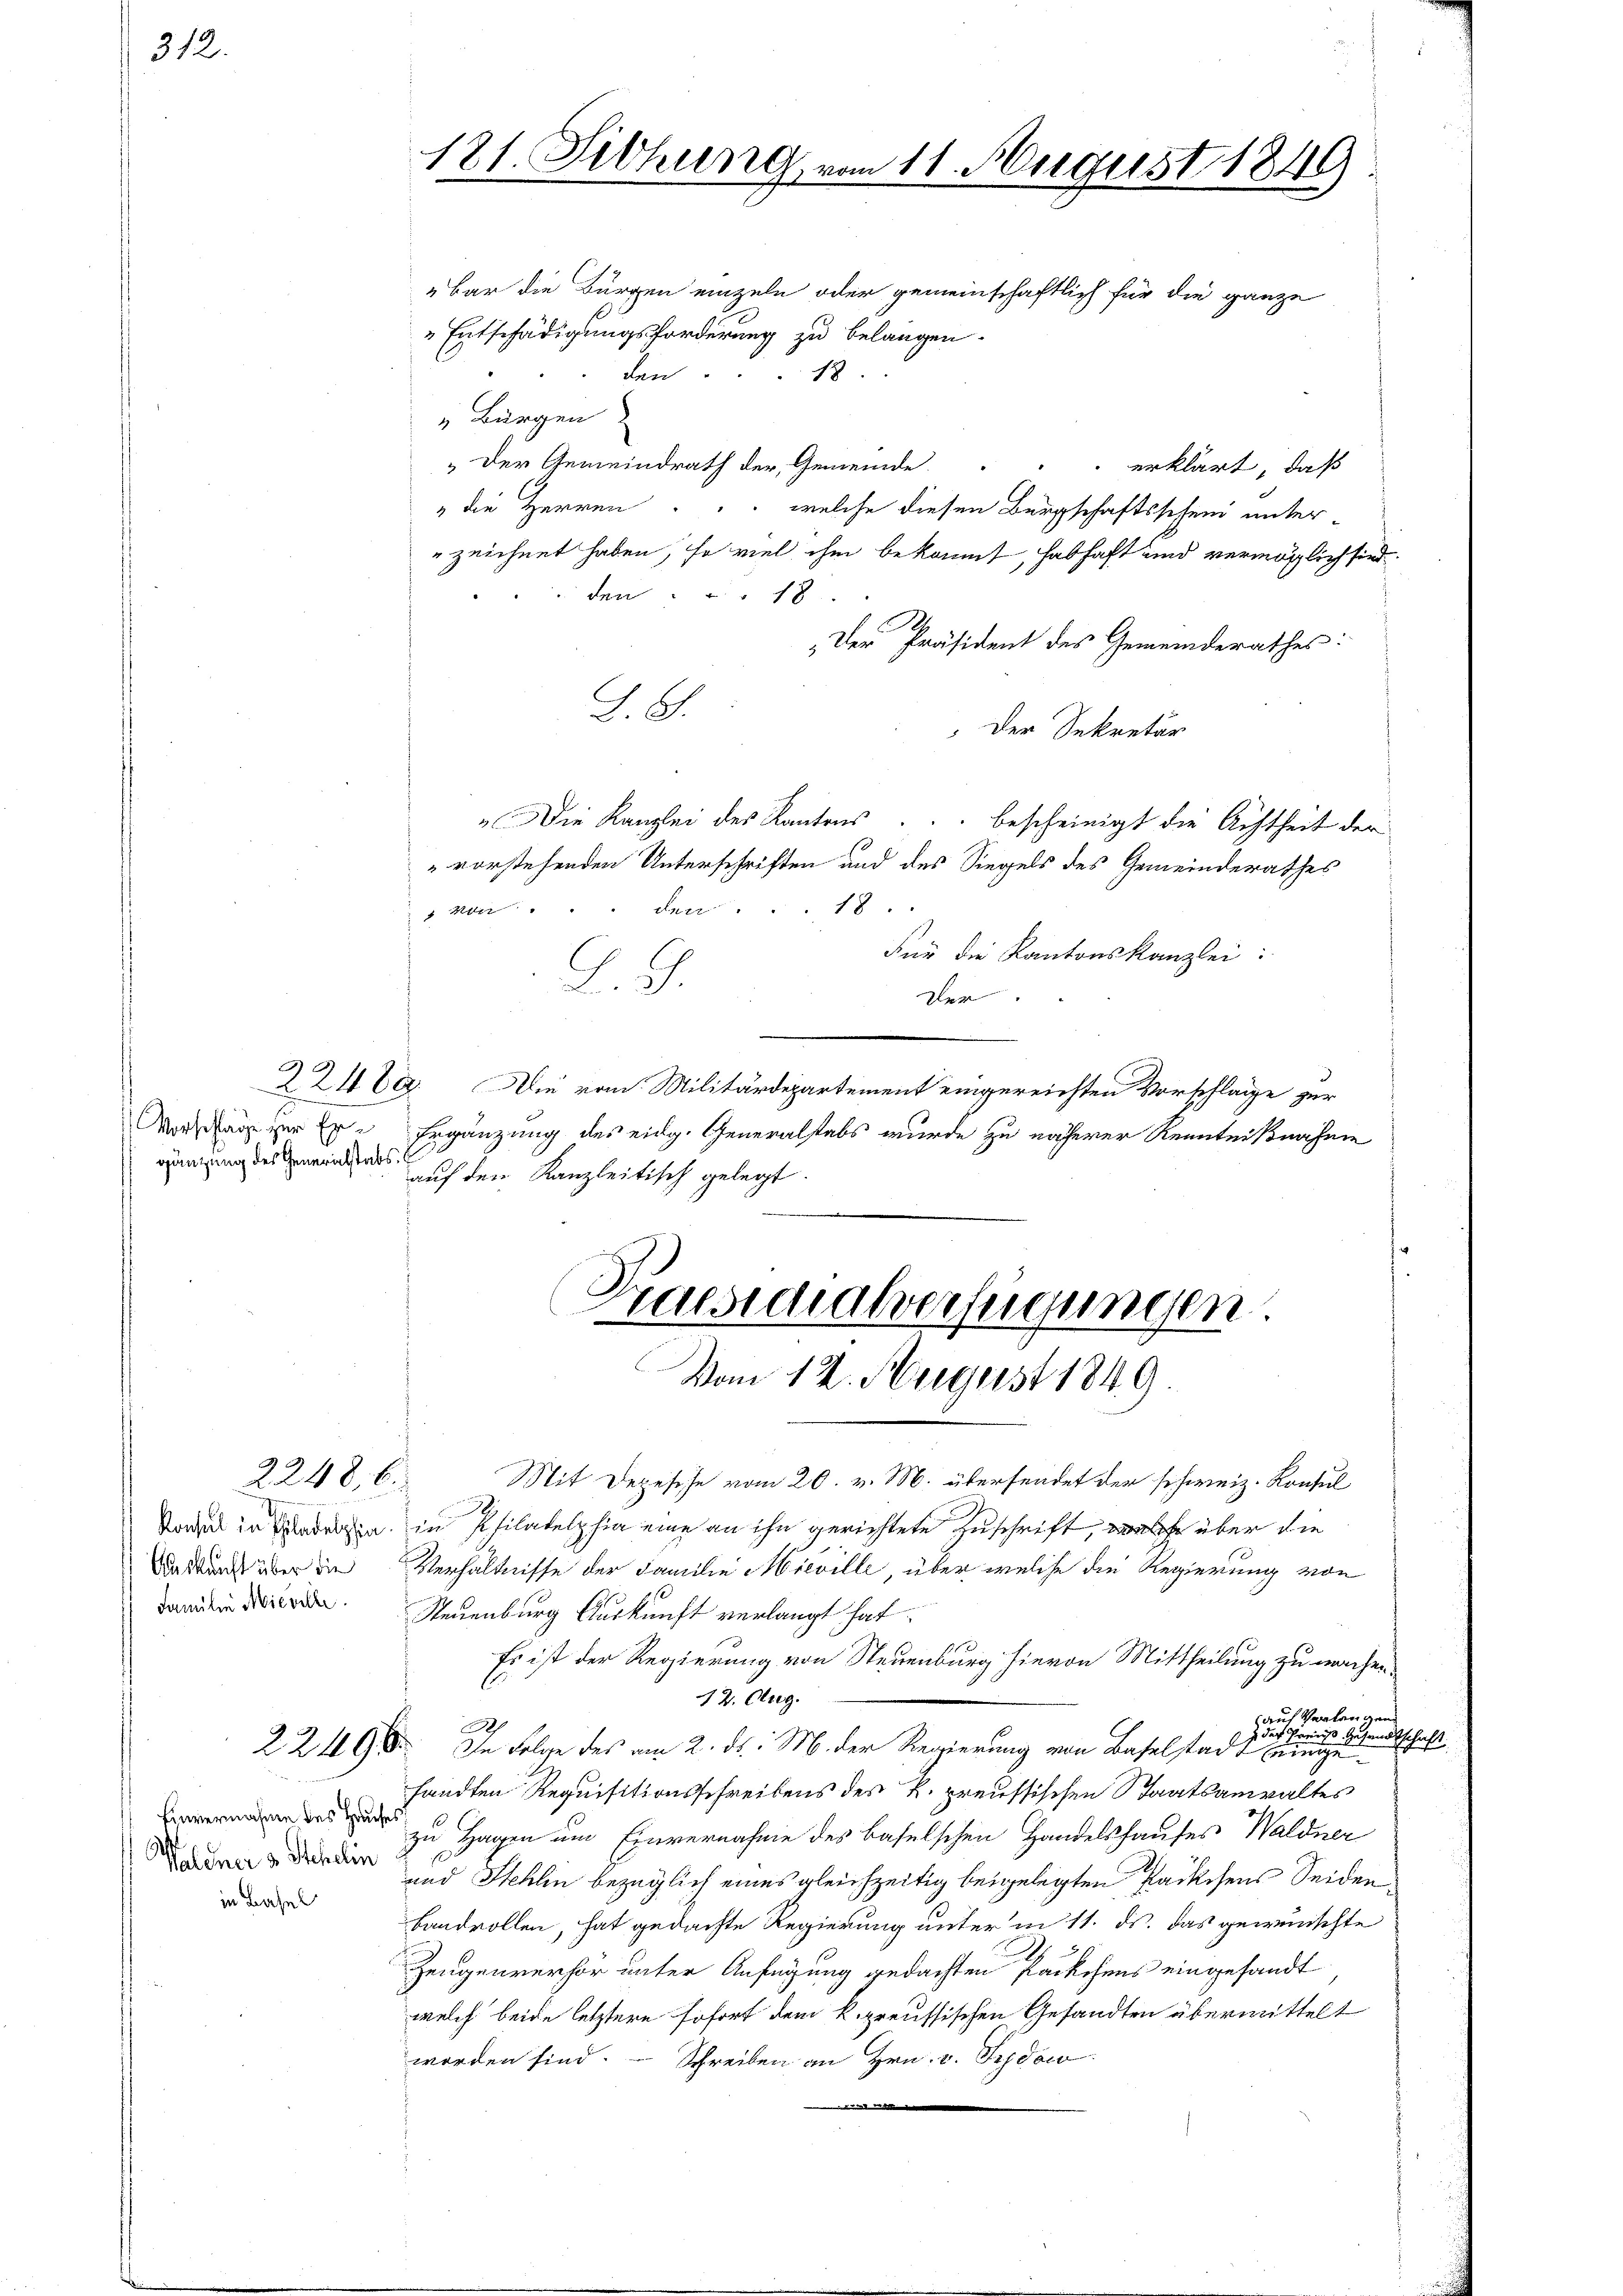
312.

gänzung des Generalstabs, E

Einvernahme des Hauses
in Basel

121. Siehung vom 11. August 1849

bar die Bürgen einzeln oder gemeinschaftlich für die ganze
Entschädigungsforderung zu belangen.
 dan
13
 Bürgen
„Der Gemeindrath der Gemeinde erklärt, daß
" die Herren . . . welche diesen Bürgschaftsscheni unter-
zeichnet haben, so viel ihm bekannt, habhaft und vermöglich sind.
den " " 18
S
„Der Präsident des Gemeinderathes:
L.G.
Der Sekretär
"Die Kanzlei des Kantons ... bescheinigt die Achtheit der
" vorstehenden Unterschriften und des Siegels des Gemeinderathes
18
 Meter " " " Gener
Für die Kantonskanzlei:
C.
2.2.
Der.
224 da. Die vom Militärdepartement eingereichten Vorschläge zur
Woran zur Ergänzung des eidg. Generalstabs wurde zu näherer Kenntnißnahme
auf den Kanzleitisch gelegt.
wunden

2248. 6. Mit Depesche vom 20. v. M. übersendet der schweiz. Konsul
Vogel in den in Philadelphia eine an ihn gerichtete Zuschrift, welche über die
Da wurde über die Verhältnisse der Familie Mieville, über welche die Regierung von
damit in die Neuenburg Auskunft verlangt hat.
Es ist der Regierung von Steuenburg hievon Mittheilung zu machen.
12. Aug.
auf Verlangen.
2
z der Frei
s Gesandtschaft.
2. 296. In Folge des am 2. ds. M. der Regierung von Baselstadt einge
fandten Requisitionsschreibens des K. preussischen Staatsanwaltes
zu Hagen um Einvernahme des baselschen Handelshauses Waldner
eer und Stehlen bezüglich eines gleichzeitig beigelegten Päckchens Seiden
Landrollen, hat gedachte Regierung unter in 11. ds. das gewünschte
Zeugenverhör unter Anfügung gedachten Päckchens eingesandt
welch beide letztere sofort dem k. preussischen Gesandten übermittelt
worden sind. - Schreiben an Hrn. v. Schdow

Praesicalverfügungen
Vom 12. August 1849.